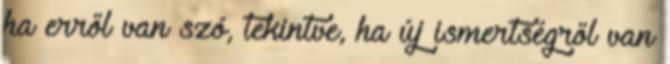
ha erről van szó, tekintve, ha új ismertségről van